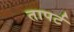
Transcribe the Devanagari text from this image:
तापर्ट